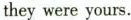
they were yours.